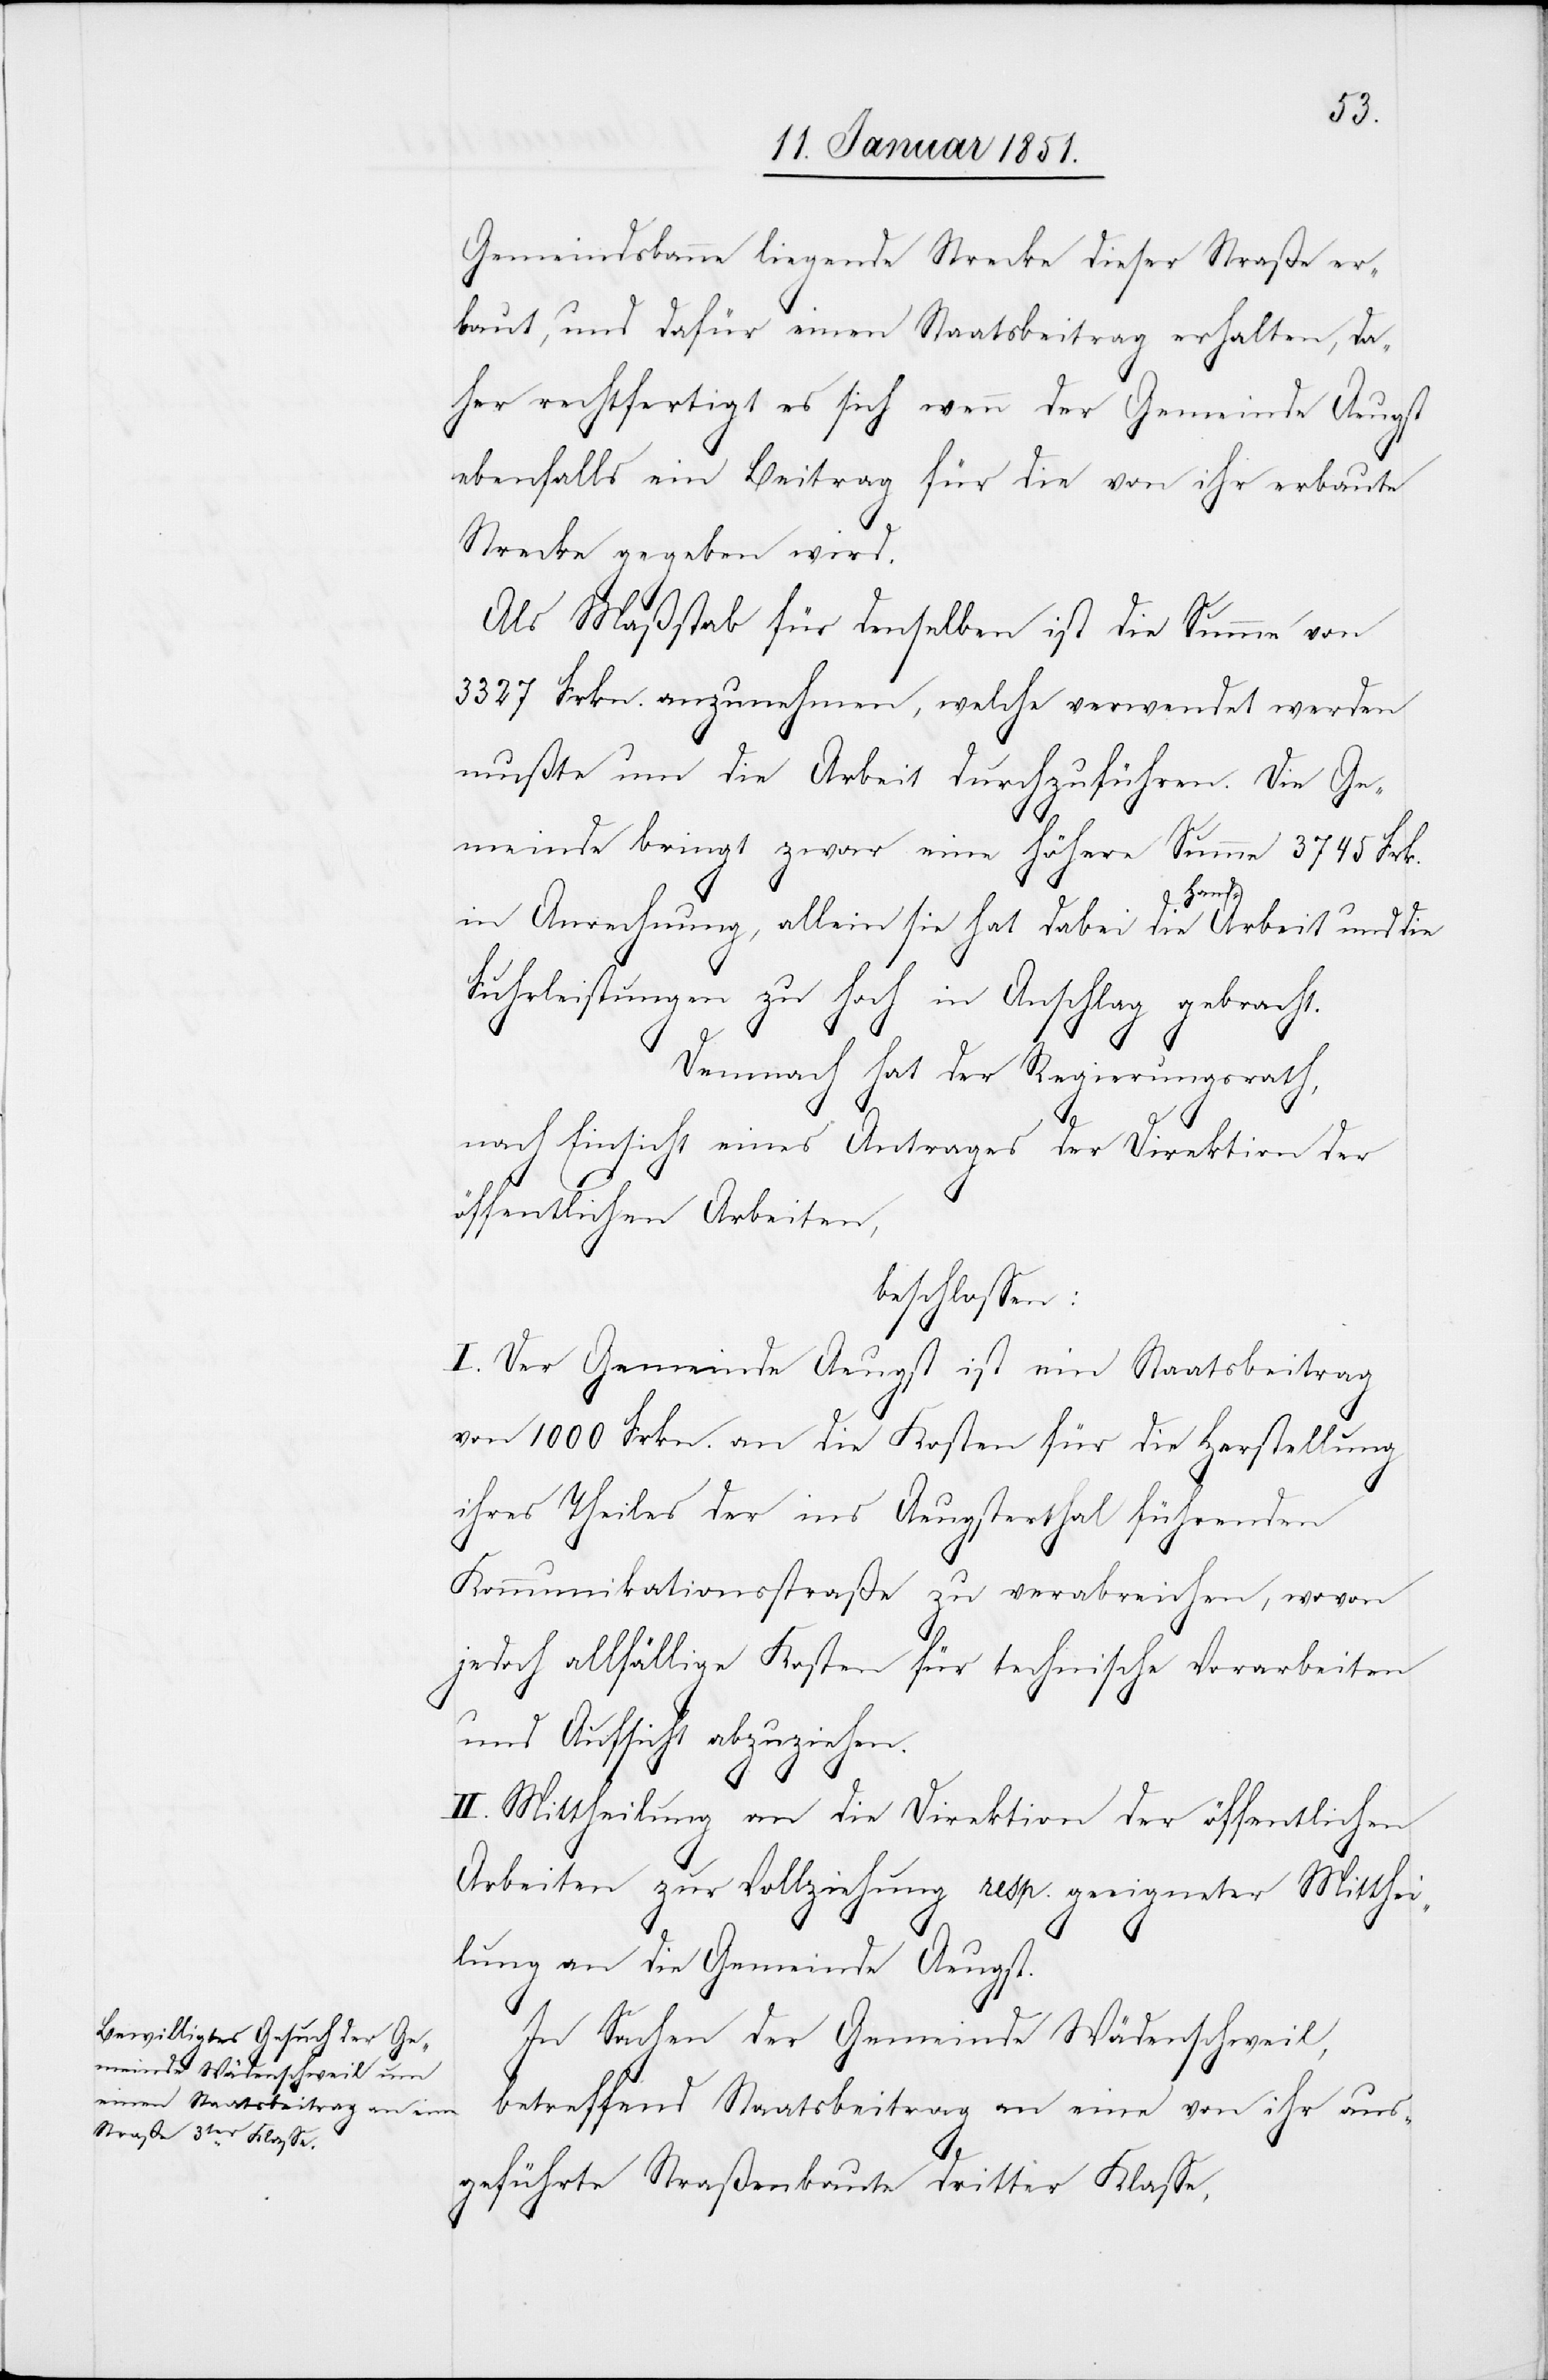
Gemeindsbanne liegende Strecke dieser Straße er¬
baut, und dafür einen Staatsbeitrag erhalten, da¬
her rechtfertigt es sich wenn der Gemeinde Aeugst
ebenfalls ein Beitrag für die von ihr erbaute
Strecke gegeben wird.
Als Maßstab für denselben ist die Summe von
3327 Frkn. anzunehmen, welche verwendet werden
mußte um die Arbeit durchzuführen. Die Ge¬
meinde bringt zwar eine höhere Summe 3745 Frk.
in Anrechnung, allein sie hat dabei die Hand-Arbeit und die
Fuhrleistungen zu hoch in Anschlag gebracht.
Demnach hat der Regierungsrath,
nach Einsicht eines Antrages der Direktion der
öffentlichen Arbeiten,
beschlossen:
I. Der Gemeinde Aeugst ist ein Staatsbeitrag
von 1000 Frkn. an die Kosten für die Herstellung
ihres Theiles der ins Aeugsterthal führenden
Kommunikationsstraße zu verabreichen, wovon
jedoch allfällige Kosten für technische Vorarbeiten
und Aufsicht abzuziehen.
II. Mittheilung an die Direktion der öffentlichen
Arbeiten zur Vollziehung resp. geeigneter Mitthei¬
lung an die Gemeinde Aeugst.
In Sachen der Gemeinde Wädenschweil,
betreffend Staatsbeitrag an eine von ihr aus¬
geführte Straßenbaute dritter Klasse,